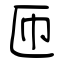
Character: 匝